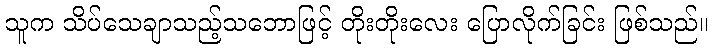
သူက သိပ်သေချာသည့်သဘောဖြင့် တိုးတိုးလေး ပြောလိုက်ခြင်း ဖြစ်သည်။